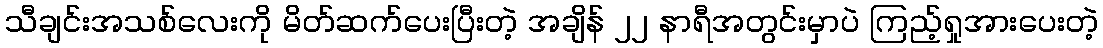
သီချင်းအသစ်လေးကို မိတ်ဆက်ပေးပြီးတဲ့ အချိန် ၂၂ နာရီအတွင်းမှာပဲ ကြည့်ရှုအားပေးတဲ့